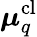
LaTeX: \boldsymbol{\mu}_{q}^{\textrm{cl}}